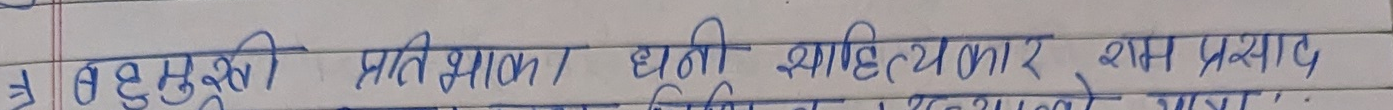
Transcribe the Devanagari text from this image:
बहुमुखी प्रतिभा, धनी साहित्यकार शम्भु प्रसाद,